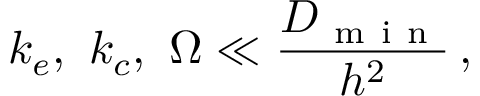
k _ { e } , \, \, k _ { c } , \, \, \Omega \ll \frac { D _ { \mathrm { ~ m ~ i ~ n ~ } } } { h ^ { 2 } } \, ,